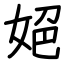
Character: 𡜆